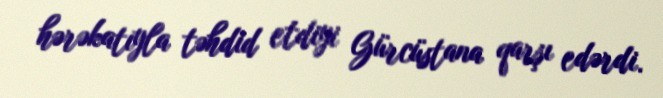
hərəkatıyla təhdid etdiyi Gürcüstana qarşı edərdi.